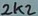
Text: 2k2